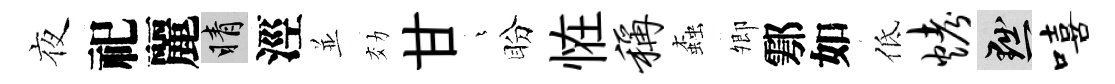
夜祀麗睛涇並効甘燁盼恠称螙𡖖鄠如低烤黜嘻